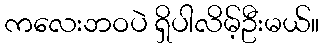
ကလေးဘဝပဲ ရှိပါလိမ့်ဦးမယ်။